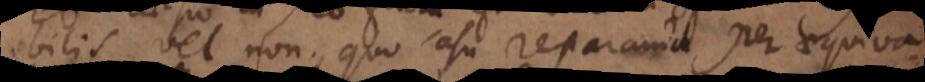
bilis vel non, quo casu reparanda per aequiva